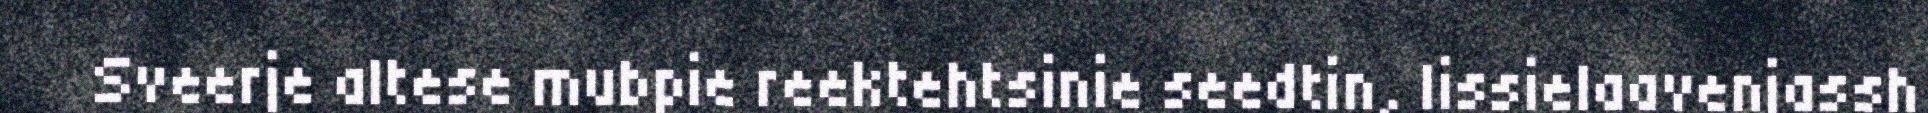
Sveerje altese mubpie reektehtsinie seedtin, lissielaavenjassh